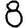
Digit: 8